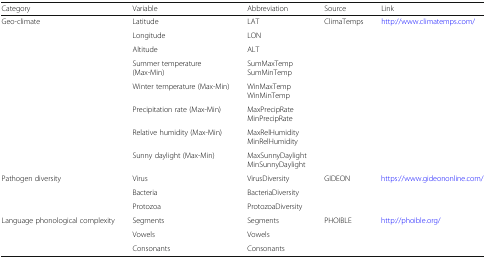
| Category | Variable | Abbreviation | Source | Link |
 | --- | --- | --- | --- | --- |
 | <ROWSPAN=8> Geo-climate | Latitude | LAT | <ROWSPAN=8> ClimaTemps | <ROWSPAN=8> http://www.climatemps.com/ |
 | Longitude | LON |
 | Altitude | ALT |
 | Summer temperature(Max-Min) | SumMaxTempSumMinTemp |
 | Winter temperature (Max-Min) | WinMaxTempWinMinTemp |
 | Precipitation rate (Max-Min) | MaxPrecipRateMinPrecipRate |
 | Relative humidity (Max-Min) | MaxRelHumidityMinRelHumidity |
 | Sunny daylight (Max-Min) | MaxSunnyDaylightMinSunnyDaylight |
 | <ROWSPAN=3> Pathogen diversity | Virus | VirusDiversity | <ROWSPAN=3> GIDEON | <ROWSPAN=3> https://www.gideononline.com/ |
 | Bacteria | BacteriaDiversity |
 | Protozoa | ProtozoaDiversity |
 | <ROWSPAN=3> Language phonological complexity | Segments | Segments | <ROWSPAN=3> PHOIBLE | <ROWSPAN=3> http://phoible.org/ |
 | Vowels | Vowels |
 | Consonants | Consonants |